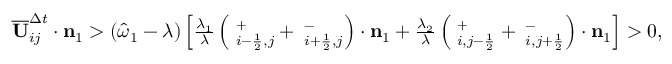
\begin{array} { r } { \overline { { \mathbf { U } } } _ { i j } ^ { \Delta t } \cdot \mathbf { n } _ { 1 } > ( \widehat { \omega } _ { 1 } - \lambda ) \left[ \frac { \lambda _ { 1 } } { \lambda } \left( { \bf \Pi } _ { i - \frac { 1 } { 2 } , j } ^ { + } + { \bf \Pi } _ { i + \frac { 1 } { 2 } , j } ^ { - } \right) \cdot \mathbf { n } _ { 1 } + \frac { \lambda _ { 2 } } { \lambda } \left( { \bf \Pi } _ { i , j - \frac { 1 } { 2 } } ^ { + } + { \bf \Pi } _ { i , j + \frac { 1 } { 2 } } ^ { - } \right) \cdot \mathbf { n } _ { 1 } \right] > 0 , } \end{array}